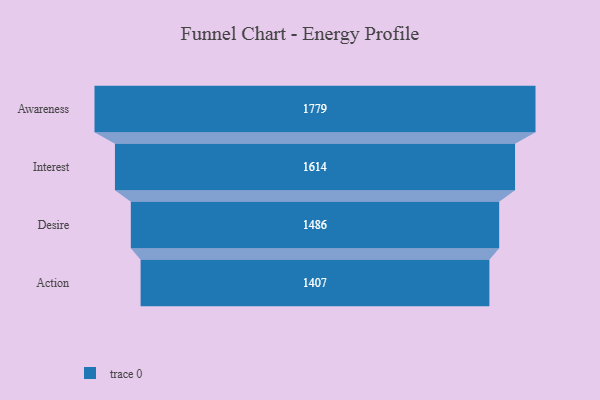
{"axis": {"x": "Stage", "y": "Value"}, "legend": [""], "data": [{"x": "Awareness", "y": 1779.0, "type": ""}, {"x": "Interest", "y": 1614.0, "type": ""}, {"x": "Desire", "y": 1486.0, "type": ""}, {"x": "Action", "y": 1407.0, "type": ""}]}